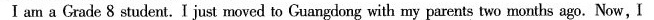
I am a Grade 8 student.I just moved to Guangdong with my parents two months ago.Now, I